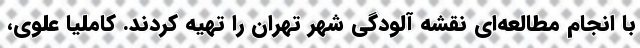
با انجام مطالعه‌ای نقشه آلودگی شهر تهران را تهیه کردند. کاملیا علوی،